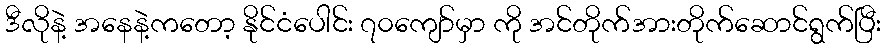
ဒီလိုနဲ့ အနေနဲ့ကတော့ နိုင်ငံပေါင်း ၇၀ကျော်မှာ ကို အင်တိုက်အားတိုက်ဆောင်ရွက်ပြီး